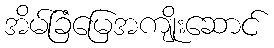
အိမ်ခြံမြေအကျိုးဆောင်